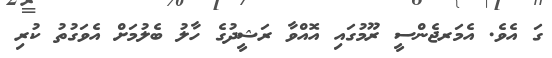
ގަ އެވެ. އެމަރޖެންސީ ރޫމުގައި އޮއްވާ ރަޝީދުގެ ހާލު ބެލުމަށް އެވަގުތު ކުރި